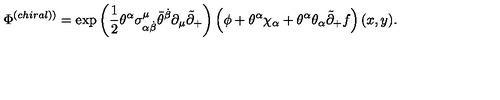
\Phi ^ { \left( c h i r a l ) \right) } = \exp \left( \frac 1 2 \theta ^ { \alpha } \sigma _ { \alpha \dot { \beta } } ^ { \mu } \bar { \theta } ^ { \dot { \beta } } \partial _ { \mu } \tilde { \partial } _ { + } \right) \left( \phi + \theta ^ { \alpha } \chi _ { \alpha } + \theta ^ { \alpha } \theta _ { \alpha } \tilde { \partial } _ { + } f \right) ( x , y ) .